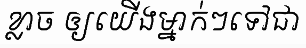
ខ្លាច ឲ្យយើងម្នាក់ៗទៅជា